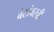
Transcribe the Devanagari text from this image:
बेटांवरची